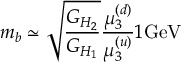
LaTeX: m _ { b } \simeq { \sqrt { \frac { G _ { H _ { 2 } } } { G _ { H _ { 1 } } } } } { \frac { \mu _ { 3 } ^ { ( d ) } } { \mu _ { 3 } ^ { ( u ) } } } { 1 } \mathrm { G e V }